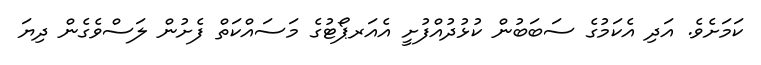
ކަމަށެވެ. އަދި އެކަމުގެ ސަބަބުން ކުޅުދުއްފުށީ އެއަރޕޯޓުގެ މަސައްކަތް ފެށުން ލަސްވެގެން ދިޔަ